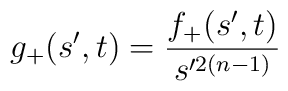
g_{+} (s',t) = \frac{f_{+}(s',t)}{s'^{2(n-1)}}